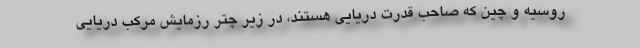
روسیه و چین که صاحب قدرت دریایی هستند، در زیر چتر رزمایش مرکب دریایی